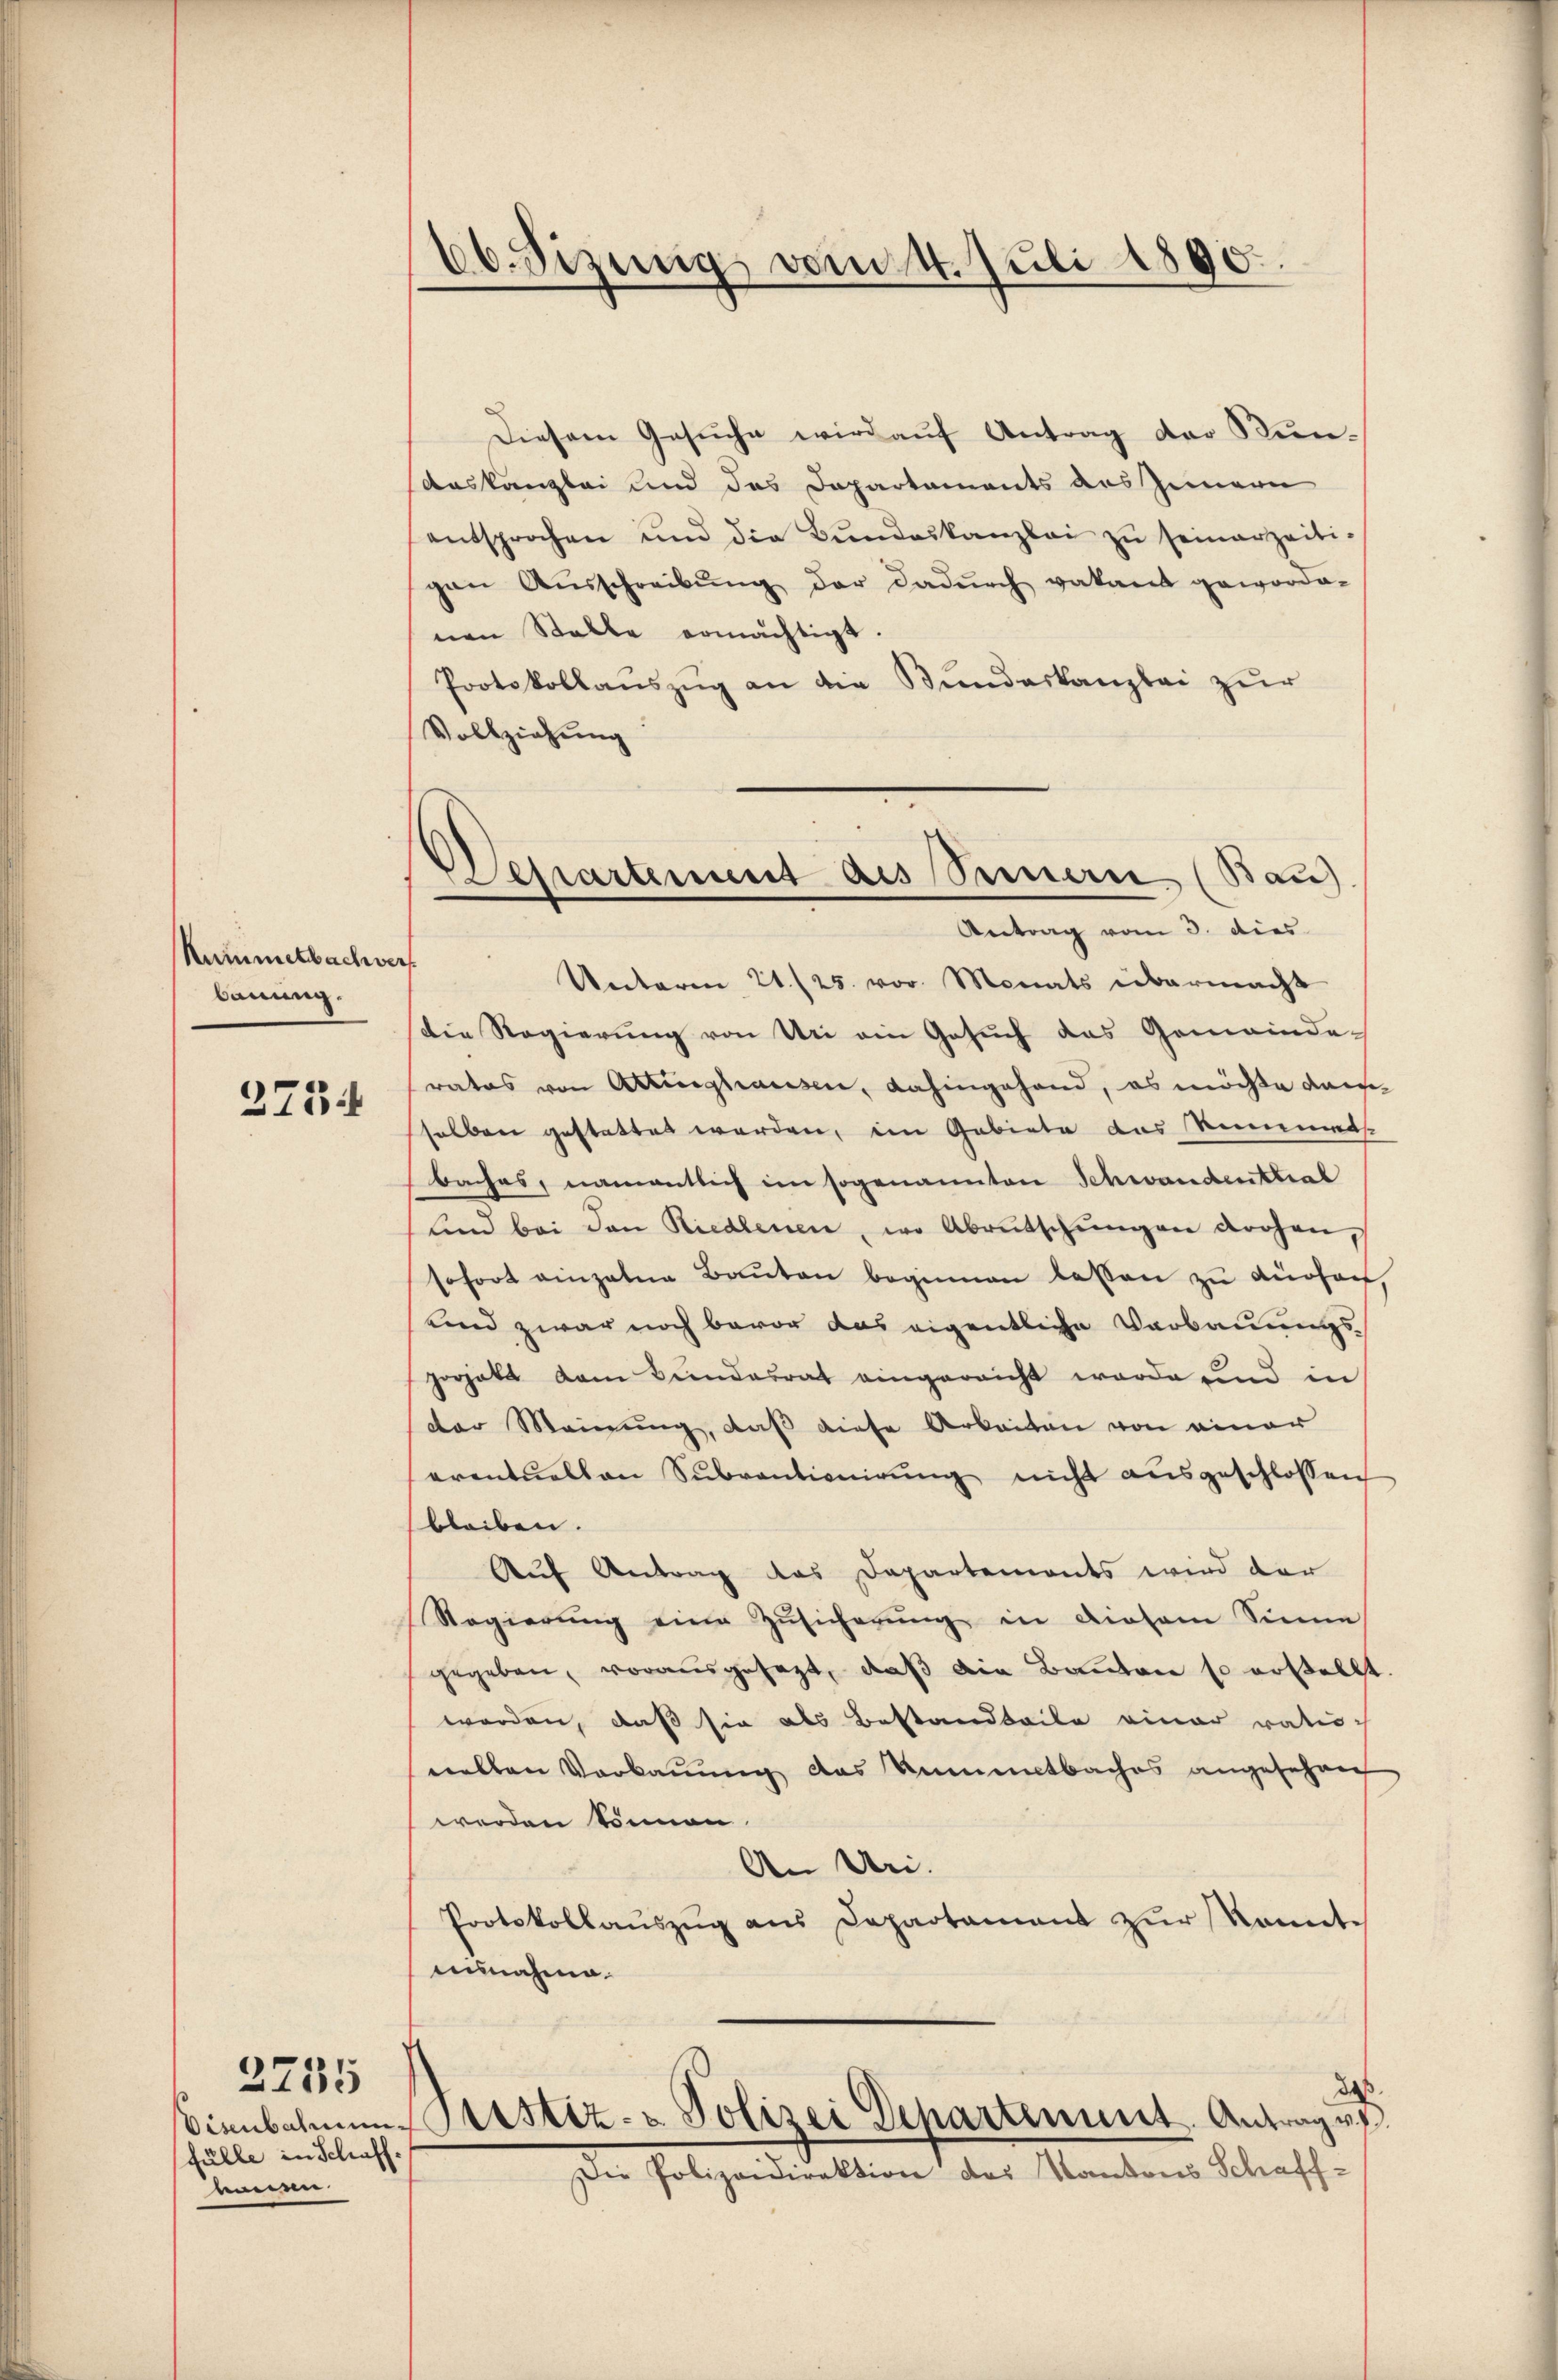
Kummetbachver
dauung.
3754

fülle in Schaff-
ennen.

2235

66. Sizung vom 4. Juli 1890.

Departement des Semen (Bau).
Antrag vom 3. dies

Diesem Gesŭche wird aŭf Antrag der Nun-
Auskanzlei und das Departaments des Innern
entsprochen und die Bŭndeskanzlei zŭ seinerzeiti-
gen Aŭsschreibŭng der dadŭrch vakant geworde-
nen Stelle ermächtigt.
Protokollauszug an die Bundeskanzlei zur
Vollziehung
Unteren 21./25. vor. Monats übermacht
die Regierung von Uri ein Gesuch das Gemeinde-
rates von Attinghausen, dahingehand, es möchte darselben gestattet werden, im Gebiete das Simmens
baches, namentlich im sogenannten Schwandential
lind bei den Riedlenen, wo Abrutschungen drohen,
sofort einzelne Baŭten beginnen lassen zu dürfen,
und zwar noch bevor das eigentliche Verbauungszerhalt dem Bundesrat eingereicht werde und in
der Meinung, daß diese Arbeiten von einer
eventuellen Sŭbventionierŭng nicht aŭsgeschlossen
bleiben.
Auf Antrag das Departements wird der
Regierŭng eine Zŭsicherŭng in diesem Sinne
gegeben, vorausgesagt, daß die Bauten so erstellt
worden, daß sie als Bestandteile einer rationellen Vorkauung das kumentbaches angesehen
werden Sonnen
An Uri.
Protokollaŭszŭg ans Departament zŭr konnte
unnahme.
u
da
Vienbahnung Sistiz- u. Polizei Departement. Antrag ve
Die Polizeidirektion des Kantons Schaff-